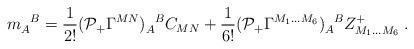
LaTeX: \begin{align*}m_A^{\phantom{A}B} = \frac{1}{2!} ({\cal P}_+ \Gamma^{MN})_A^{\phantom{A}B} C_{MN} + \frac{1}{6!} ({\cal P}_+ \Gamma^{M_1 \ldots M_6})_A^{\phantom{A}B} Z^+_{M_1 \ldots M_6}\;.\end{align*}